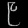
Digit: ၉